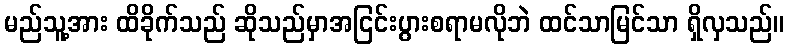
မည်သူ့အား ထိခိုက်သည် ဆိုသည်မှာအငြင်းပွားစရာမလိုဘဲ ထင်သာမြင်သာ ရှိလှသည်။